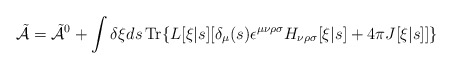
\begin{align*}\tilde{{\cal A}} = \tilde{{\cal A}}^0 + \int \delta \xi ds \,\mbox{\rm Tr} \{L[\xi|s] [\delta_\mu(s) \epsilon^{\mu\nu\rho\sigma} H_{\nu\rho\sigma}[\xi|s] + 4\pi J[\xi|s]]\}\end{align*}